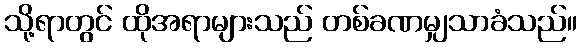
သို့ရာတွင် ထိုအရာများသည် တစ်ခဏမျှသာခံသည်။